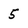
Character: 5